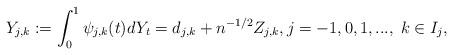
LaTeX: \begin{align*}Y_{j,k} := \int_0^1 \psi_{j,k}(t) dY_t = d_{j,k} + n^{-1/2} Z_{j,k}, j = -1,0,1,..., \; k\in I_j,\end{align*}